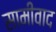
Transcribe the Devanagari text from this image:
सामीवाद